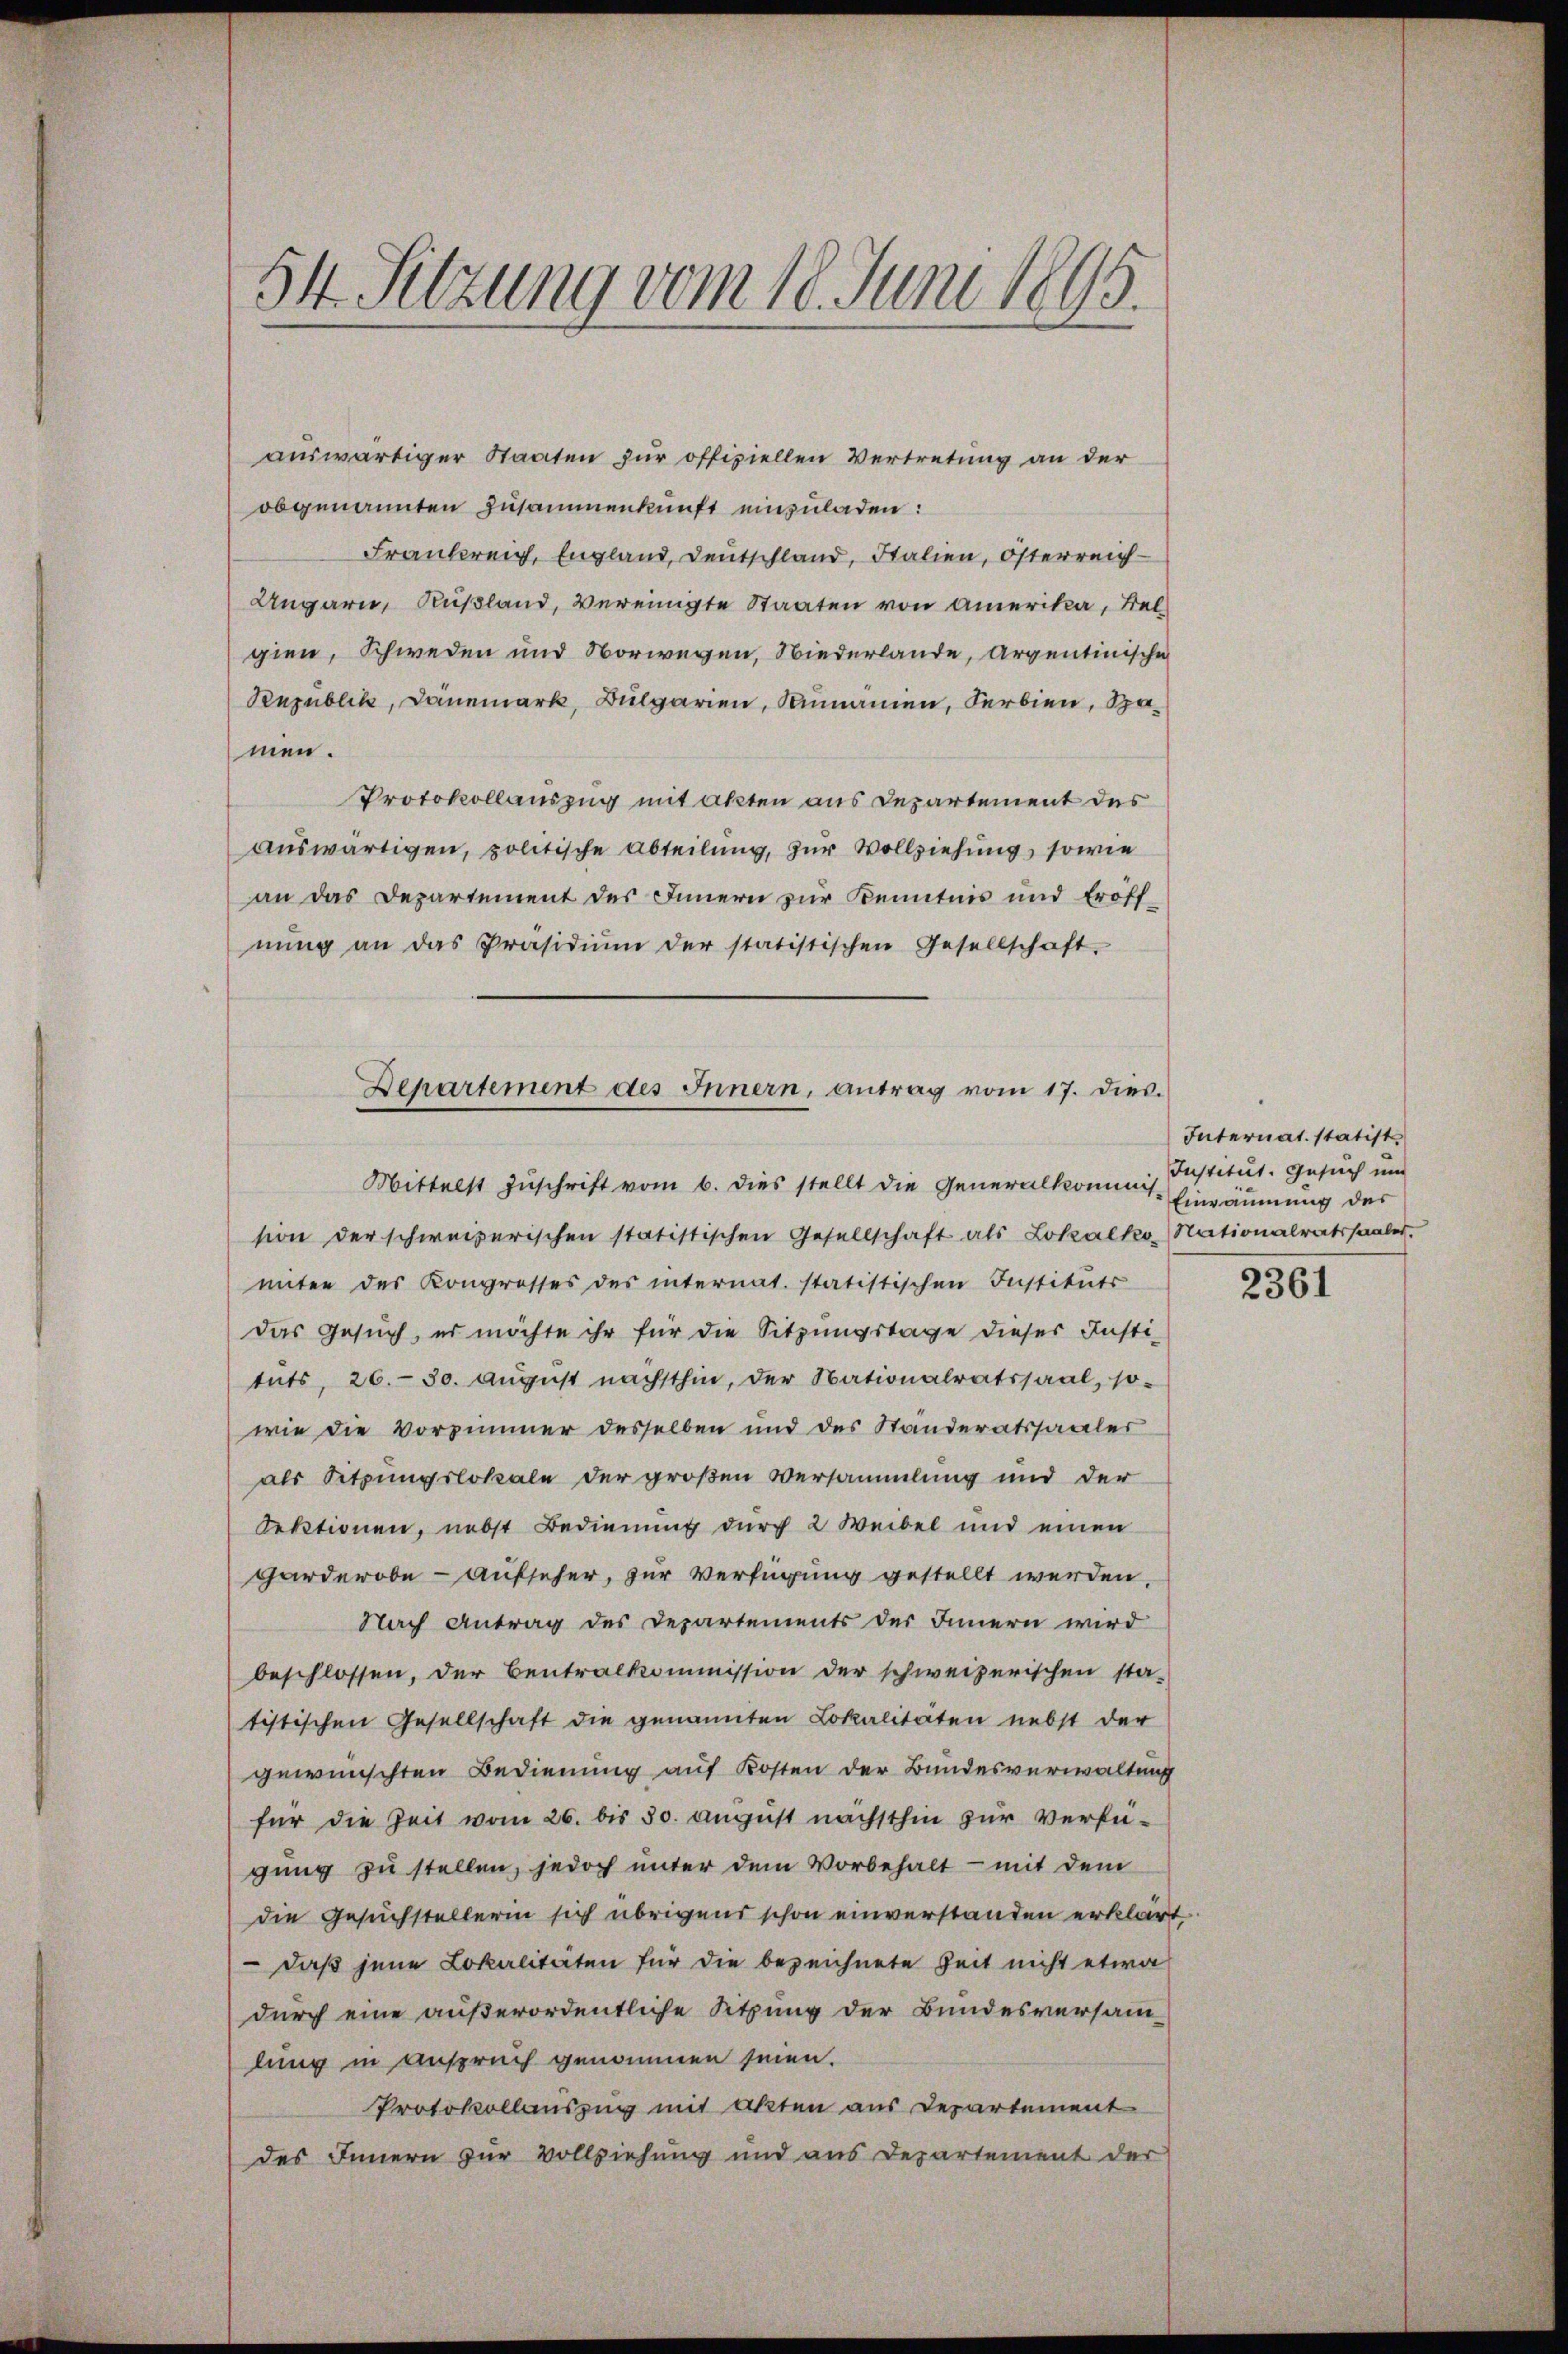
54. Setzung vom 18. Juni 1895.

auswärtiger Staaten zur offiziellen Vertretung an der
obgenannten Zusammenkunft einzuladen:
Frankreich, England, Deutschland, Italien, Österreich¬
Ungarn, Rußland, vereinigte Staaten von Amerika, Belgien, Schweden und Vorwegen, Niederlande, Argentinische
Ruzublik, Dänemark, Bulgarien, Rumänien, Serbien, Samen.
Protokollauszug mit akten aus Departement des
auswärtigen, politische Abteilung, zur Vollziehung, sowie
an das Departement des Innern zur Kenntnis und Eröffnŭng an das Präsidiŭm der statistischen Gesellschaft-
Mittelst Zuschrift vom 6. dies stellt die Generalkommis-
sion der schweizerischen statistischen Gesellschaft als Lokalko-Nationalratssaales.
miter des Kongrosses des internat. statistischen Instituts
Das Gesuch, es möchte ihr für die Sitzungstage dieser Justi-
tnts, 26. 30. Aŭgŭst nachsthin, der Nationalratssaal, so-
wie die Vorzimmer desselben und des Standeratssaaler
als Sitzungslokale der großen Versammlung und der
Lektionen, nebst Bedienung durch 2 Weibel und einen
Garderobe - Aufseher, zur Verfügung gestellt werden,
Nach Antrag des Departements der Innern wird
beschlossen, der Centralkommission der schweizerischen sta-
tistischen Gesellschaft die genannten Lokalitäten nebst der
gewünschten Bedienung auf Kosten der Bundesverwaltung
für die Zeit vom 26. bis 30. August nächsthin zur Verfü-
gung zu stellen, jedoch unter dem Vorbehalt - mit dem
die Gesuchstellerin sich übrigens schon einverstanden erklärt
 daß jene Lokalitäten für die bezeichnete Zeit nicht etwa
durch eine außerordentliche Sitzung der Bundesversamlung in Anspruch genommen seien.
Protokollauszug mit Akten aus Departement
des Innern zur Vollziehung und aus Departement der

Departement des Innern, antrag vom 17. dies.

Internat. statist
Institut. Gesuch und
Einräumung des

2361